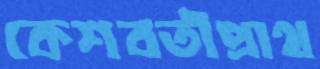
কেশবতীপ্রাথ